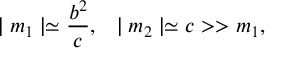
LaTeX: \mid m _ { 1 } \mid \simeq \frac { b ^ { 2 } } { c } , \; \; \; \mid m _ { 2 } \mid \simeq c > > m _ { 1 } ,